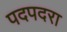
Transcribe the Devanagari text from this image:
पदपदरा